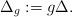
LaTeX: \begin{align*} \Delta_g := g \Delta.\end{align*}